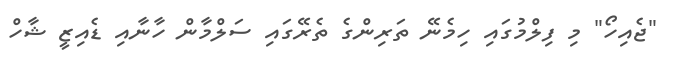
"ޖެއިހޯ" މި ފިލްމުގައި ހިމެނޭ ތަރިންގެ ތެރޭގައި ސަލްމާން ހާނާއި ޑެއިޒީ ޝާހް